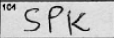
Transcription: SPK